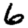
Digit: 6